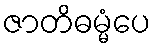
ဇာတိဓမ္မံပေ